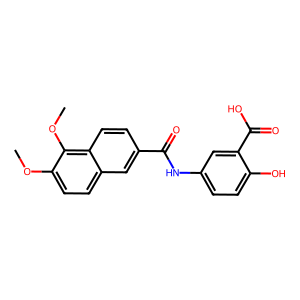
SMILES: COc1ccc2cc(C(=O)Nc3ccc(O)c(C(=O)O)c3)ccc2c1OC
Inhibits HIV replication: No